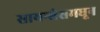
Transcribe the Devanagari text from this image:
सायन्सेसमधून